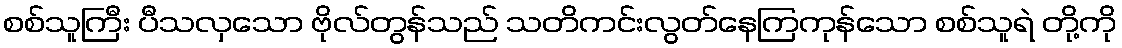
စစ်သူကြီး ပီသလှသော ဗိုလ်တွန်သည် သတိကင်းလွတ်နေကြကုန်သော စစ်သူရဲ တို့ကို